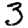
Digit: 3